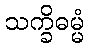
သက္ခိဓမ္မံ